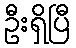
ဦးရှိပြီ